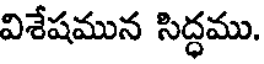
విశేషమున సిద్ధము.